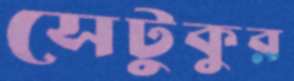
সেটুকুর